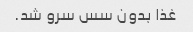
غذا بدون سس سرو شد.